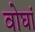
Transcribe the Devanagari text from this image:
वोघां